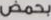
بحمض